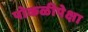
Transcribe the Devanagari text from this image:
पोकळीपेक्षा